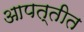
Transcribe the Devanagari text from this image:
आपत्तीत